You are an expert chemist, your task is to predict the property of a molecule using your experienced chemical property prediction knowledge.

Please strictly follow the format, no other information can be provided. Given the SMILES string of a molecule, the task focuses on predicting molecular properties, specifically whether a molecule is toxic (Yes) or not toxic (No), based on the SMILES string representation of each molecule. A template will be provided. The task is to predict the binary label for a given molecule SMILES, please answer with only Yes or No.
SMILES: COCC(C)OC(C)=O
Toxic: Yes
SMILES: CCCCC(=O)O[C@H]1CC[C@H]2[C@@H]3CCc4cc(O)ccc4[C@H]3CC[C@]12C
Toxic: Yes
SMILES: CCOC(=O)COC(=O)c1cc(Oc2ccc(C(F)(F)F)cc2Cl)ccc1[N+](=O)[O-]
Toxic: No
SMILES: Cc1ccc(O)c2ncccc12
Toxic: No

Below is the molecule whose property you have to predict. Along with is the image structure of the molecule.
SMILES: c1ccc([C@H]2CN3CCSC3=N2)cc1
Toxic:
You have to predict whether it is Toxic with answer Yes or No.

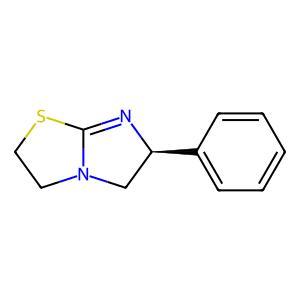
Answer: No